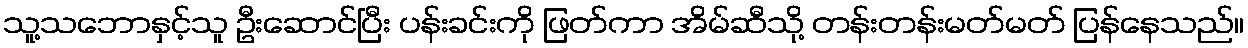
သူ့သဘောနှင့်သူ ဦးဆောင်ပြီး ပန်းခင်းကို ဖြတ်ကာ အိမ်ဆီသို့ တန်းတန်းမတ်မတ် ပြန်နေသည်။